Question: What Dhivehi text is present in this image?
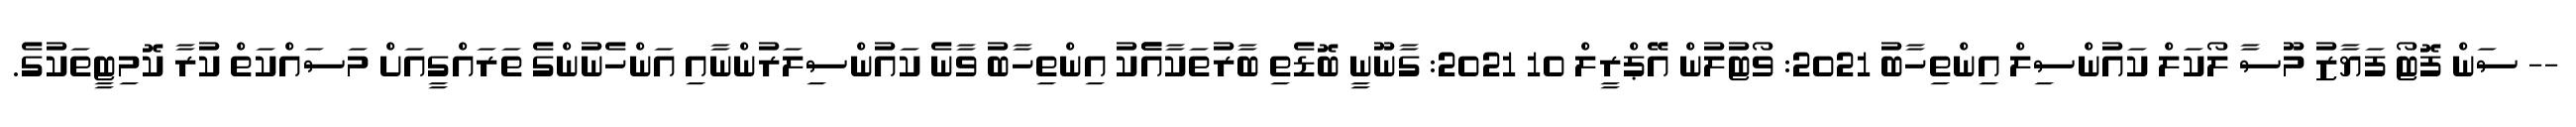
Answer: -- ސަން ފޮޓޯ ފަޔާޒު މޫސާ ލޯކަލް ކައުންސިލް އިންތިހާބު 2021: ވޯޓުލުން އޭޕްރީލް 10 2021: ގާނޫނީ ބޮޑެތި ބާރުތަކާއެެކު އިންތިހާބު ވާނެ ކައުންސިލަރުންނާއި އަންހެނުންގެ ތަރައްގީއަށް މަސައްކަތް ކުރާ ކޮމިޓީތަކުގެ.